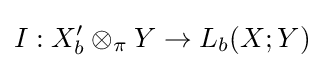
I:X'_{b}\otimes _{\pi }Y\to L_{b}(X;Y)